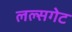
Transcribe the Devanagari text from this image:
लल्सगेट